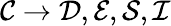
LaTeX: \mathcal{C}\rightarrow\mathcal{D},\mathcal{E},\mathcal{S},\mathcal{I}